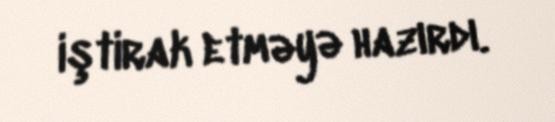
iştirak etməyə hazırdı.